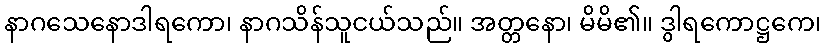
နာဂသေနောဒါရကော၊ နာဂသိန်သူငယ်သည်။ အတ္တနော၊ မိမိ၏။ ဒွါရကောဋ္ဌကေ၊